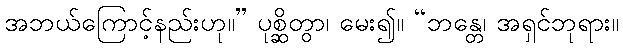
အဘယ်ကြောင့်နည်းဟု။” ပုစ္ဆိတွာ၊ မေး၍။ “ဘန္တေ၊ အရှင်ဘုရား။